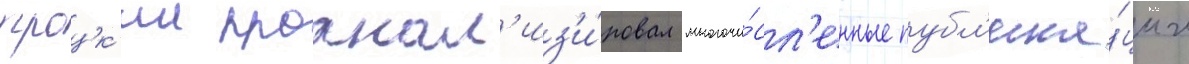
троцк'ии проанал'из'и́ровал многочи́сл'енные публ'ика́ции